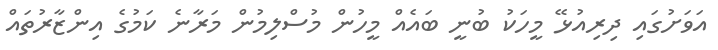
އަވަށުގައި ދިރިއުޅޭ މީހަކު ބުނީ ބައެއް މީހުން މުސްލިމުން މަރާނެ ކަމުގެ އިންޒާރުތައް